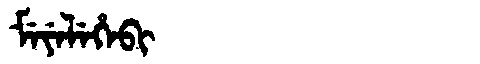
Manchu: ᠮᡝᠶᡝᠯᡝᡥᡝᠪᡳ
Romanization: MEYELEHEBI